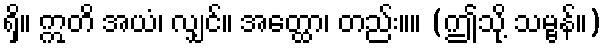
ရှိ။ ဣတိ အယံ၊ လျှင်။ အတ္ထော၊ တည်း။။ (ဤသို့ သမ္ဗန်။)